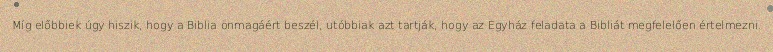
Míg előbbiek úgy hiszik, hogy a Biblia önmagáért beszél, utóbbiak azt tartják, hogy az Egyház feladata a Bibliát megfelelően értelmezni.